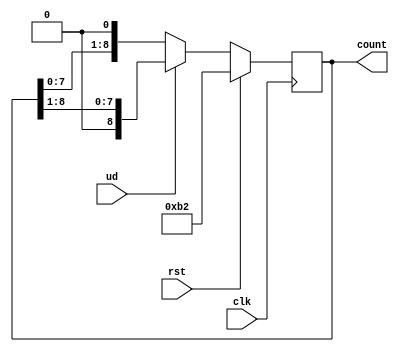
module sreg(rst,clk,count,ud);
  input rst,clk,ud;
  output reg [8:0]count;
  
  always@(posedge clk)begin
   
    if(rst)
      count=8'b10110010;
        
    else if(ud==1)begin
      count=count>>1;
           
    end
         
    else if(ud==0) begin
         count=count<<1;
              end
                
            
  end
endmodule